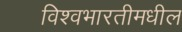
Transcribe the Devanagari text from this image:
विश्वभारतीमधील